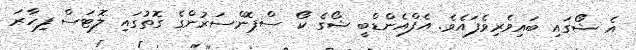
އެ ޝޯގައި ބައިވެރިވެފައެވެ. އެފްއެންޑްބީ ޝޯގެ ކޯ ސްޕޮންސަރުންގެ ގޮތުގައި ލޮޓަސް ފިހާރަ